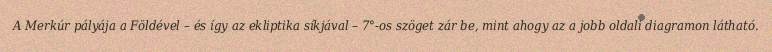
A Merkúr pályája a Földével – és így az ekliptika síkjával – 7°-os szöget zár be, mint ahogy az a jobb oldali diagramon látható.